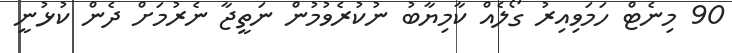
90 މިނެޓް ހަމަވިއިރު ގޯލެއް ކާމިޔާބު ނުކުރެވުމުން ނަތީޖާ ނެރުމަށް ދެން ކުޅުނީ